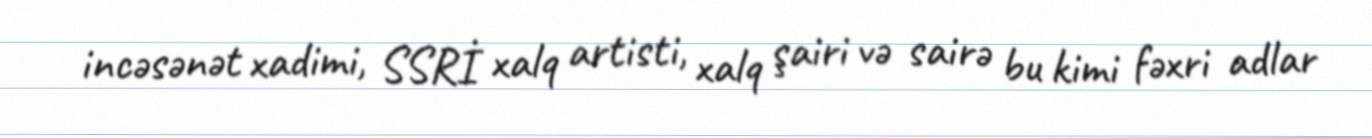
incəsənət xadimi, SSRİ xalq artisti, xalq şairi və sairə bu kimi fəxri adlar